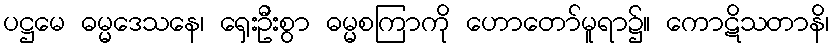
ပဋ္ဌမေ ဓမ္မဒေသနေ၊ ရှေးဦးစွာ ဓမ္မစကြာကို ဟောတော်မူရာ၌။ ကောဋိသတာနိ၊